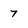
Character: 7